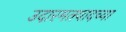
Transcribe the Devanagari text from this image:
उदारमतवादच्या